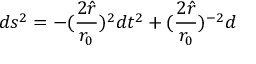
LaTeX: d s ^ { 2 } = - ( { \frac { 2 \hat { r } } { r _ { 0 } } } ) ^ { 2 } d t ^ { 2 } + ( { \frac { 2 \hat { r } } { r _ { 0 } } } ) ^ { - 2 } d